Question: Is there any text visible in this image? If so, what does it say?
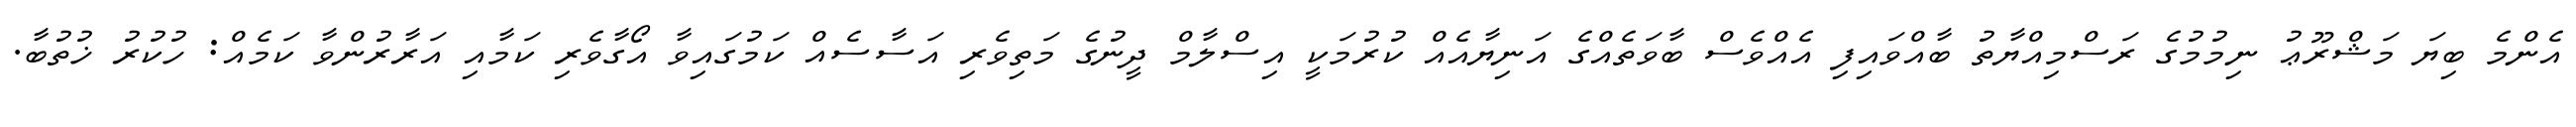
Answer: އެންމެ ބިޔަ މަޝްރޫޢު ނިމުމުގެ ރަސްމިއްޔާތު ބާއްވައިފި އެއްވެސް ބާވަތެއްގެ އަނިޔާއެއް ކުރުމަކީ އިސްލާމް ދީނުގެ މަތިވެރި އަސާސެއް ކަމުގައިވާ އޯގާވެރި ކަމާއި އަރާރުންވާ ކަމެއް: ހުކުރު ޚުތުބާ.